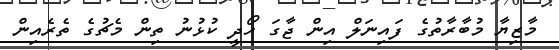
މާޒިޔާ މުބާރާތުގެ ފައިނަލް އިން ޖާގަ ހޯދީ ކުޅުނު ތިން މެޗުގެ ތެރެއިން